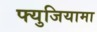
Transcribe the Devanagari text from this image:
फ्युजियामा